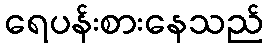
ရေပန်းစားနေသည်